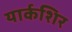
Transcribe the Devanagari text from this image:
यार्कशिर